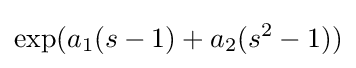
\exp(a_{1}(s-1)+a_{2}(s^{2}-1))